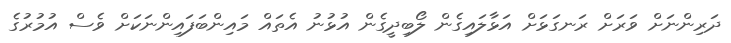
ދަރިންނަށް ވަރަށް ރަނގަޅަށް އަޅާލައިގެން ލޯބިދީގެން އުޅުނު އެތައް މައިންބަފައިންނަކަށް ވެސް އުމުރުގެ